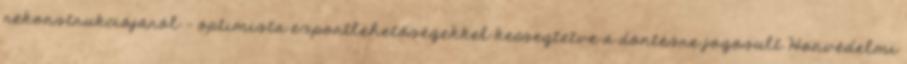
rekonstrukciójáról - optimista exportlehetőségekkel kecsegtetve a döntésre jogosult Honvédelmi